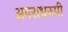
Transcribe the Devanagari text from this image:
अपराधरुपी